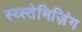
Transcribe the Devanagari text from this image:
स्य्स्तेमिज़िंग